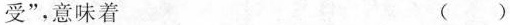
受”，意味着 （）